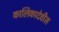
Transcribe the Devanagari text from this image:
कालिकादेवीस